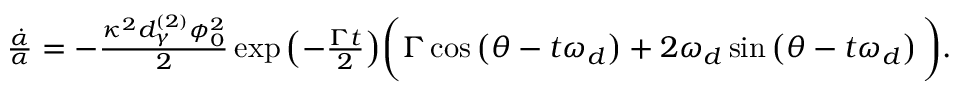
\begin{array} { r } { \frac { \dot { \alpha } } { \alpha } = - \frac { \kappa ^ { 2 } d _ { \gamma } ^ { ( 2 ) } \phi _ { 0 } ^ { 2 } } { 2 } \exp { \left( - \frac { \Gamma t } { 2 } \right) } \bigg ( \Gamma \cos \left( \theta - t \omega _ { d } \right) + 2 \omega _ { d } \sin \left( \theta - t \omega _ { d } \right) \bigg ) . } \end{array}